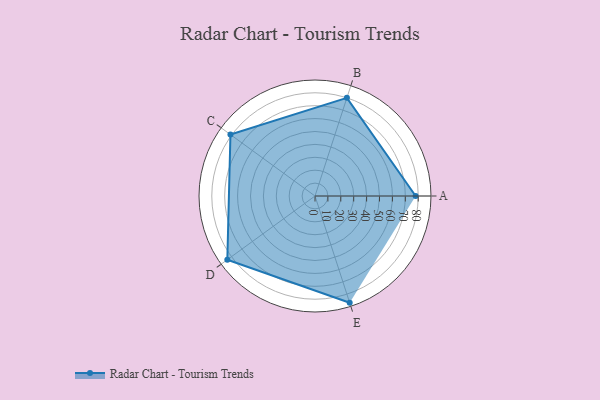
{"axis": {"x": "Skill", "y": "Score"}, "legend": ["Profile"], "data": [{"x": "A", "y": 78.0, "type": "Profile"}, {"x": "B", "y": 80.0, "type": "Profile"}, {"x": "C", "y": 81.0, "type": "Profile"}, {"x": "D", "y": 84.0, "type": "Profile"}, {"x": "E", "y": 87.0, "type": "Profile"}]}